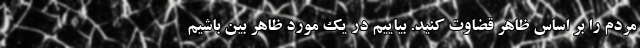
مردم را بر اساس ظاهر قضاوت کنید. بیاییم در یک مورد ظاهر بین باشیم